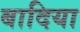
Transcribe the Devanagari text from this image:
बादिया